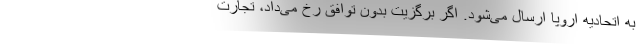
به اتحادیه اروپا ارسال می‌شود. اگر برگزیتِ بدون توافق رخ می‌داد، تجارت